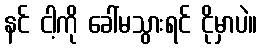
နင် ငါ့ကို ခေါ်မသွားရင် ငိုမှာပဲ။